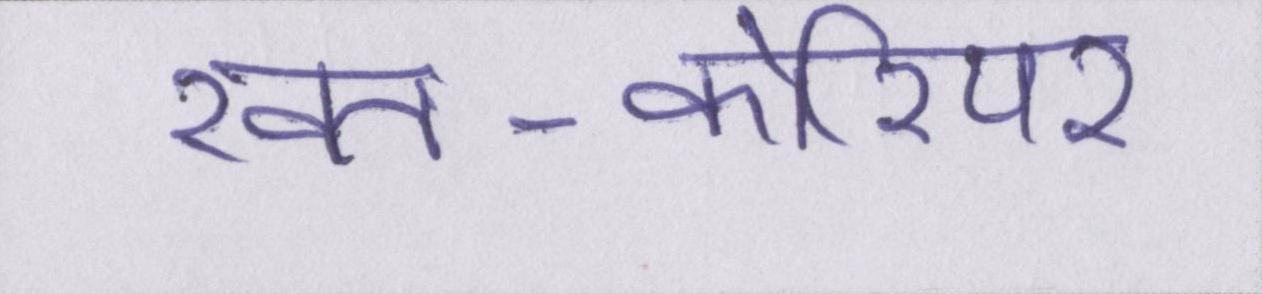
ख़त-कोरियर